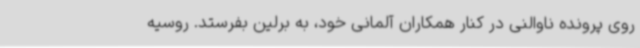
روی پرونده ناوالنی در کنار همکاران آلمانی خود، به برلین بفرستد. روسیه